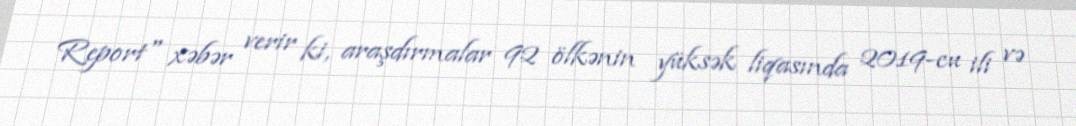
Report" xəbər verir ki, araşdırmalar 92 ölkənin yüksək liqasında 2019-cu ili və